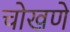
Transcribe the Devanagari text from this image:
चोखणे